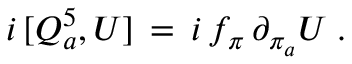
i \, [ Q _ { a } ^ { 5 } , U ] \, = \, i \, f _ { \pi } \, \partial _ { \pi _ { a } } U \; .